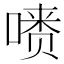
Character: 𪡺